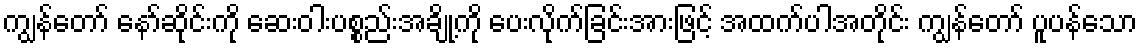
ကျွန်တော် နော်ဆိုင်းကို ဆေးဝါးပစ္စည်းအချို့ကို ပေးလိုက်ခြင်းအားဖြင့် အထက်ပါအတိုင်း ကျွန်တော် ပူပန်သော